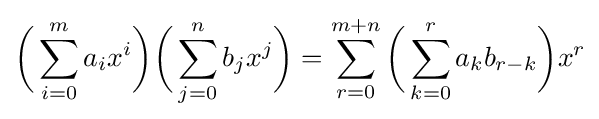
{\biggl (}\sum _{i=0}^{m}a_{i}x^{i}{\biggr )}{\biggl (}\sum _{j=0}^{n}b_{j}x^{j}{\biggr )}=\sum _{r=0}^{m+n}{\biggl (}\sum _{k=0}^{r}a_{k}b_{r-k}{\biggr )}x^{r}